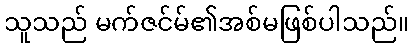
သူသည် မက်ဇင်မ်၏အစ်မဖြစ်ပါသည်။